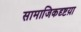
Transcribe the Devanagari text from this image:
सामाजिकदृष्टय़ा